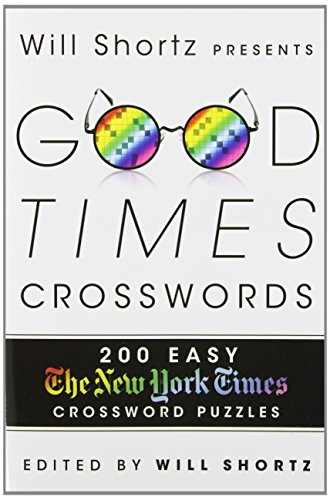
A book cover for Will Shortz Presents Good Times Crosswords: 200 Easy New York Times Crossword Puzzles; The New York Times; Humor & Entertainment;